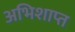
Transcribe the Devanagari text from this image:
अभिशाप्त